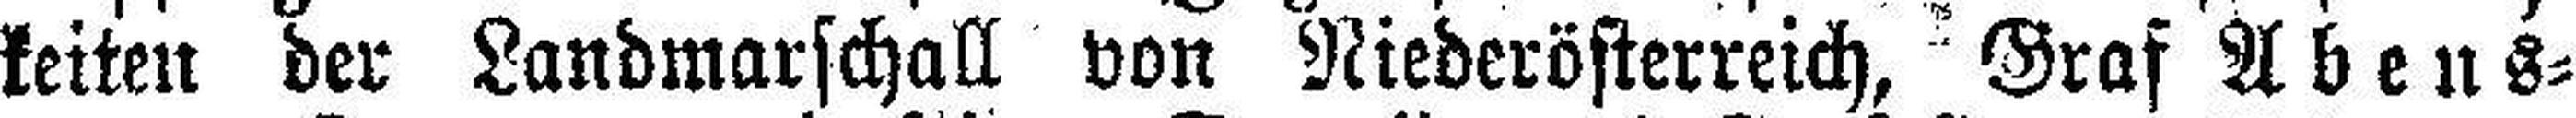
keiten der Landmarschall von Niederösterreich, Graf Abens¬